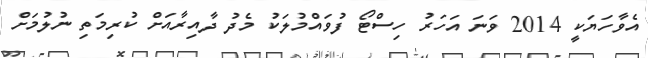
އެވާހަޔަކީ 2014 ވަނަ އަހަރު ހިސްޓޯ ފުވައްމުލަކު މެދު ދާއިރާއަށް ކުރިމަތި ނުލުމަށް